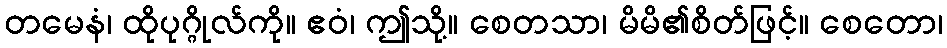
တမေနံ၊ ထိုပုဂ္ဂိုလ်ကို။ ဧဝံ၊ ဤသို့။ စေတသာ၊ မိမိ၏စိတ်ဖြင့်။ စေတော၊